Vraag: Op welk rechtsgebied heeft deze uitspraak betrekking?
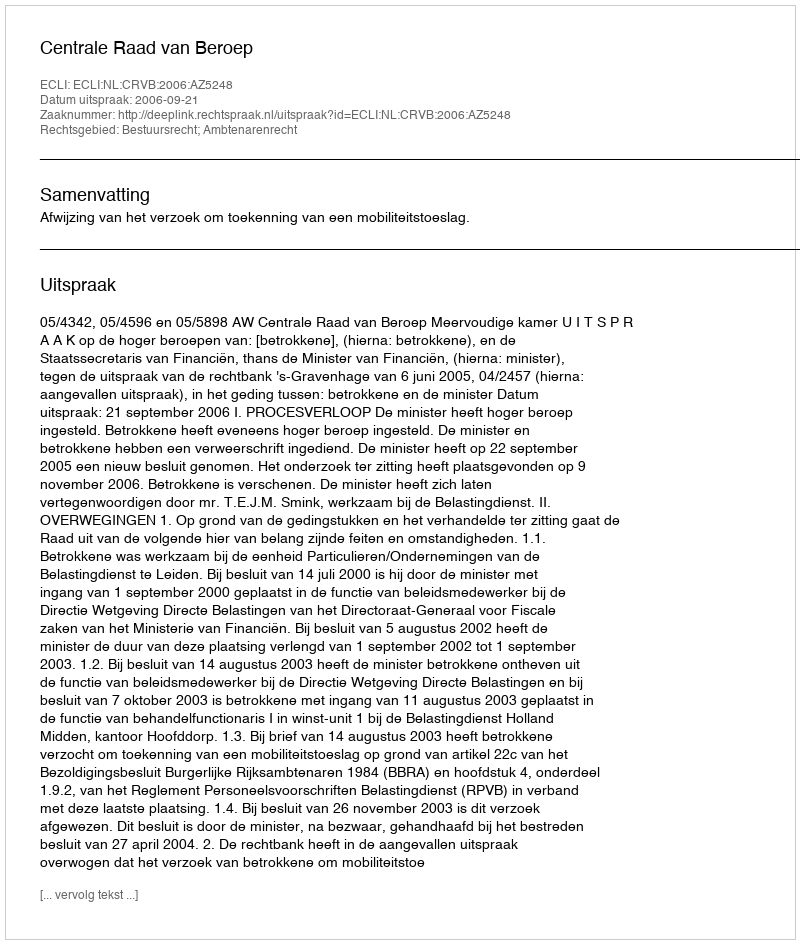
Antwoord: Bestuursrecht; Ambtenarenrecht